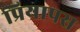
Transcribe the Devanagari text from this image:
प्रियापस